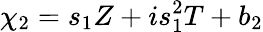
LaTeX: \chi_{2}=s_{1}Z+is_{1}^{2}T+b_{2}